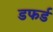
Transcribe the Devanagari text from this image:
डफर्ड